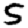
Digit: 5